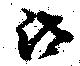
汰